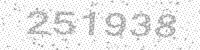
Solution: 251938